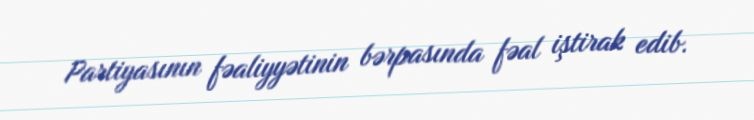
Partiyasının fəaliyyətinin bərpasında fəal iştirak edib.